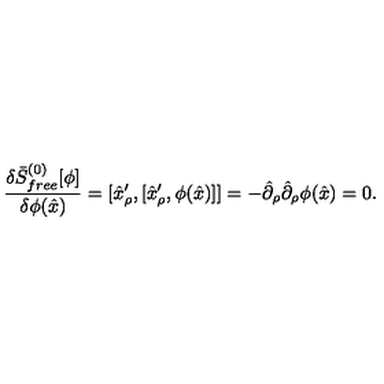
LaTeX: { \frac { \delta \bar { S } _ { f r e e } ^ { ( 0 ) } [ \phi ] } { \delta \phi ( \hat { x } ) } } = [ \hat { x } _ { \rho } ^ { \prime } , [ \hat { x } _ { \rho } ^ { \prime } , \phi ( \hat { x } ) ] ] = - \hat { \partial } _ { \rho } \hat { \partial } _ { \rho } \phi ( \hat { x } ) = 0 .